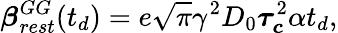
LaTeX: \boldsymbol{\beta}_{rest}^{GG}(t_{d})=e\sqrt{\pi}\gamma^{2}D_{0}\boldsymbol{\tau_{c}}^{2}\alpha t_{d},